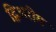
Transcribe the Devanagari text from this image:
द्विअरीय